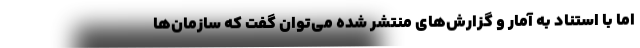
اما با استناد به آمار و گزارش‌های منتشر شده می‌توان گفت که سازمان‌ها